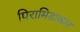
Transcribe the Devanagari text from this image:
पिरामिडाकार